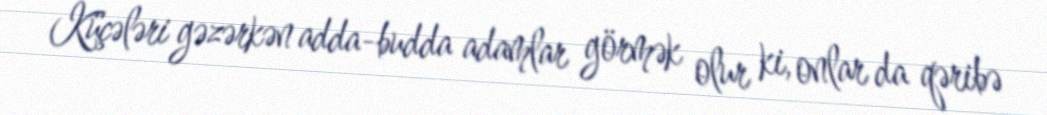
Küçələri gəzərkən adda-budda adamlar görmək olur ki, onlar da qəribə